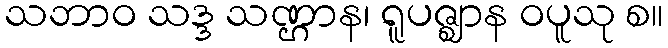
သဘာဝ သဒ္ဒ သဏ္ဌာန၊ ရူပဇ္ဈာန ဝပူသု စ။